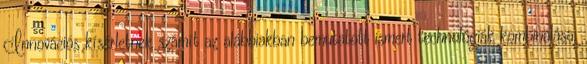
Innovációs kísérletnek számít az alábbiakban bemutatott ismert technológiák kombinálása,